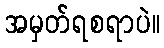
အမှတ်ရစရာပဲ။